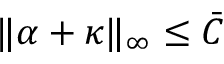
\begin{array} { r } { \| \alpha + \kappa \| _ { \infty } \leq \bar { C } } \end{array}